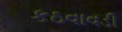
કઠવાવડી